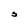
Character: S